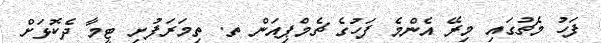
ފަހު މެޗުގައި މިރޭ އެންމެ ފަހުގެ ޗެމްޕިއަން ތ. ތިމަރަފުށި ޓީމާ ދެކޮޅަށް